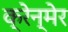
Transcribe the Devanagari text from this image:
क्रेन्मेर